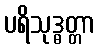
ပရိသုဒ္ဓတ္တာ